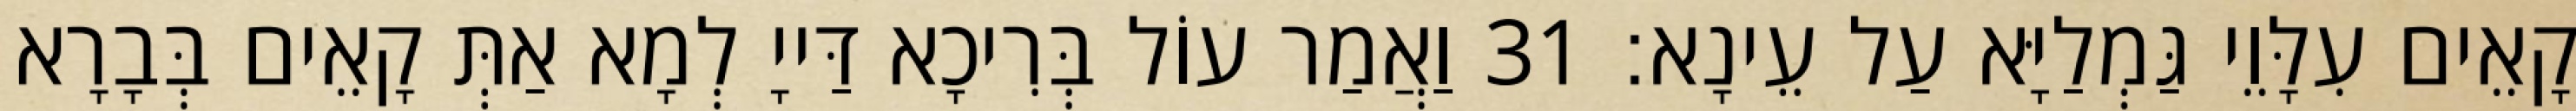
קָאֵים עִלָּוֵי גַּמְלַיָּא עַל עֵינָא׃ 31 וַאֲמַר עוֹל בְּרִיכָא דַּייָ לְמָא אַתְּ קָאֵים בְּבָרָא